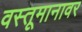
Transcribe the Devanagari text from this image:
वस्तूमानावर